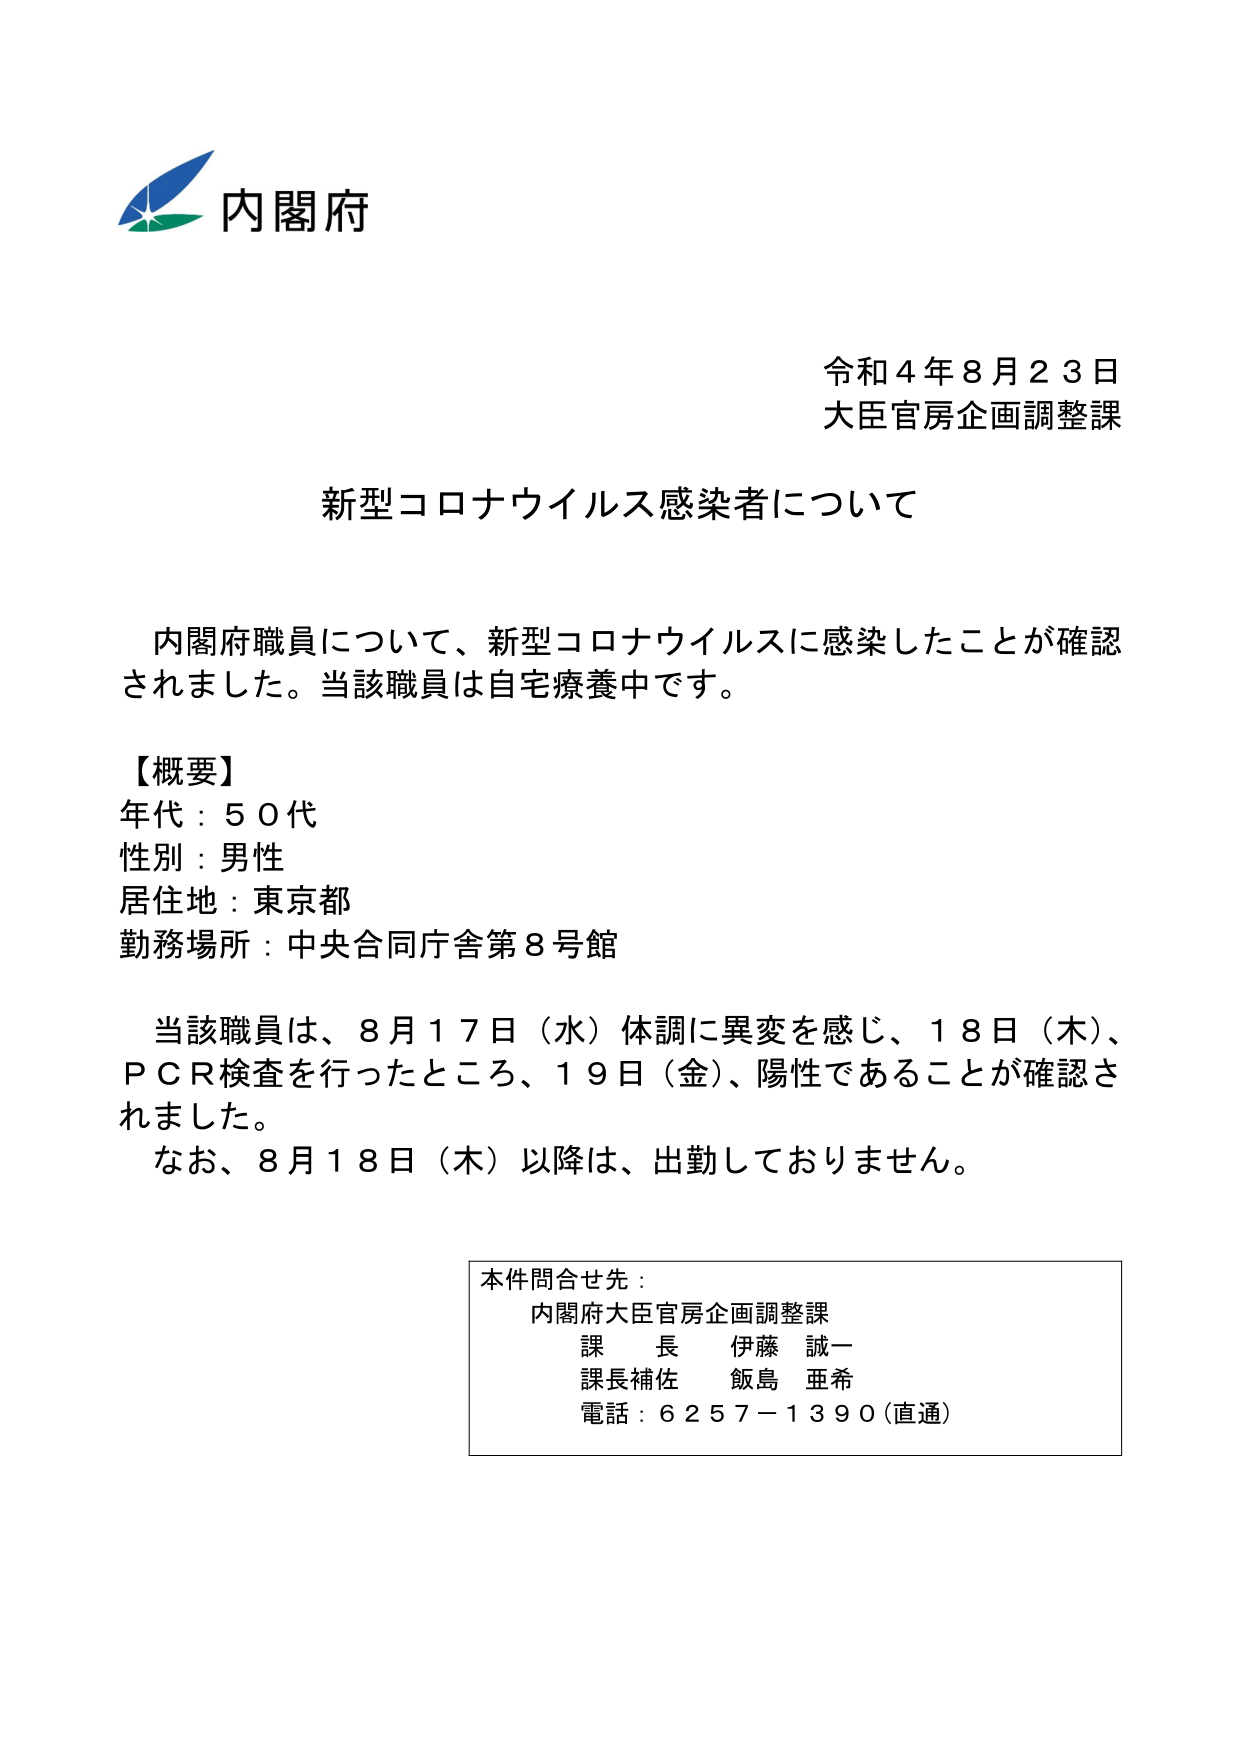
内閣府
令和４年８月２３日
大臣官房企画調整課

新型コロナウイルス感染者について

内閣府職員について、新型コロナウイルスに感染したことが確認されました。当該職員は自宅療養中です。

【概要】
年代：５０代
性別：男性
居住地：東京都
勤務場所：中央合同庁舎第８号館

当該職員は、８月１７日（水）体調に異変を感じ、１８日（木）、ＰＣＲ検査を行ったところ、１９日（金）、陽性であることが確認されました。
なお、８月１８日（木）以降は、出勤しておりません。

本件問合せ先：
内閣府大臣官房企画調整課
課　長　伊藤　誠一
課長補佐　飯島　亜希
電話：６２５７－１３９０（直通）